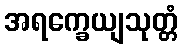
အရက္ခေယျသုတ္တံ